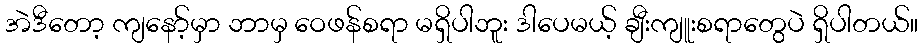
အဲဒီတော့ ကျနော့်မှာ ဘာမှ ဝေဖန်စရာ မရှိပါဘူး ဒါပေမယ့် ချီးကျူးစရာတွေပဲ ရှိပါတယ်။